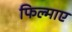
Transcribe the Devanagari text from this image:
फिल्‍माए